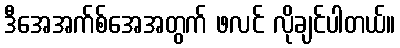
ဒီအေအက်စ်အေအတွက် ဖလင် လိုချင်ပါတယ်။